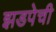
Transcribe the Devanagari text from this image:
झडपेची